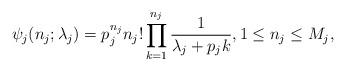
LaTeX: \begin{align*}\psi_j(n_j; \lambda_j) = p_j^{n_j} n_j!\prod_{k = 1}^{n_j} \frac{1}{\lambda_j + p_j k},1 \leq n_j \leq M_j,\end{align*}